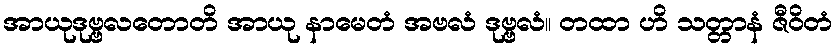
အာယုဒုဗ္ဗလတောတိ အာယု နာမေတံ အဗလံ ဒုဗ္ဗလံ။ တထာ ဟိ သတ္တာနံ ဇီဝိတံ